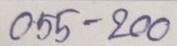
055 - 200